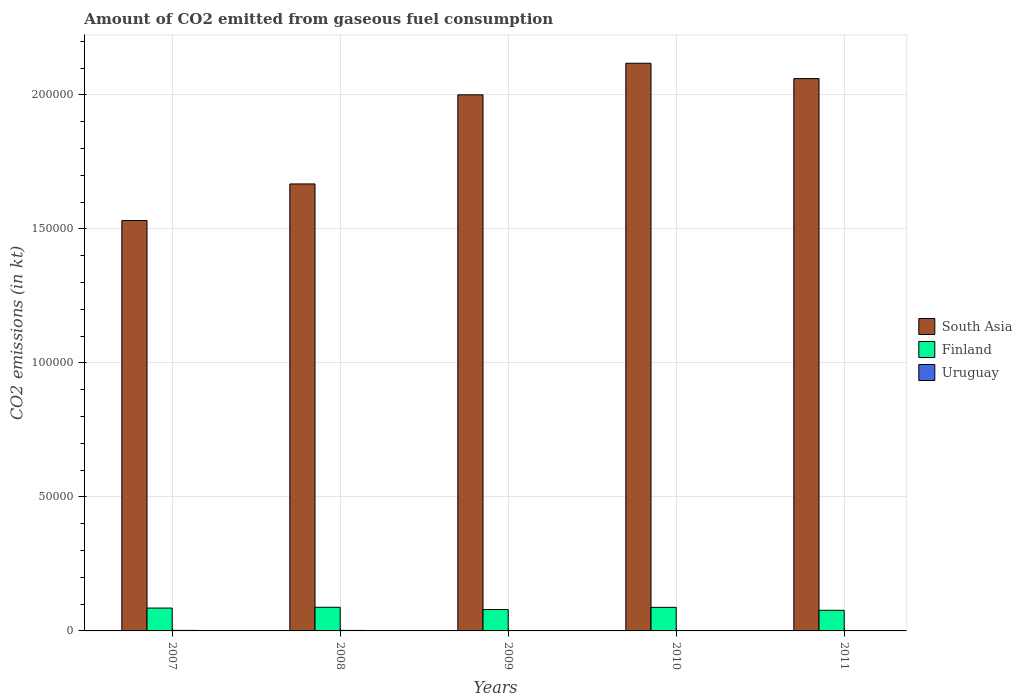
| Years | South Asia | Finland | Uruguay |
 | --- | --- | --- | --- |
 | 2007 | 1.53e+05 | 8.53e+03 | 194 |
 | 2008 | 1.67e+05 | 8.82e+03 | 191 |
 | 2009 | 2e+05 | 7.98e+03 | 132 |
 | 2010 | 2.12e+05 | 8.79e+03 | 132 |
 | 2011 | 2.06e+05 | 7.7e+03 | 147 |